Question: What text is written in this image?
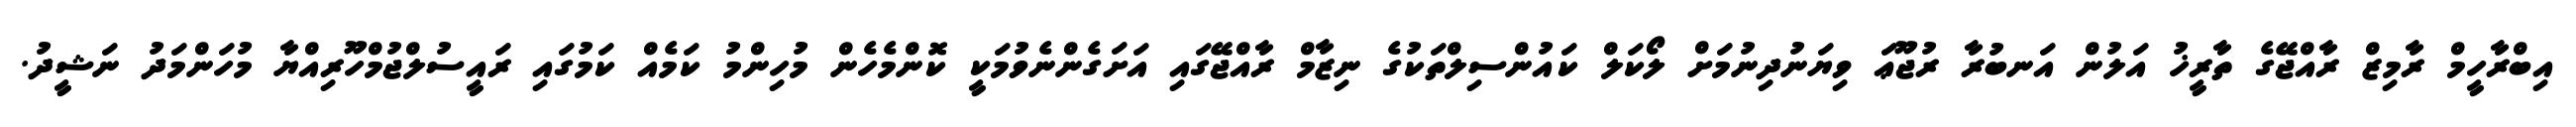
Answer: އިބްރާހީމް ރާމިޒް ރާއްޖޭގެ ތާރީޚު އަލުން އަނބުރާ ރުޖޫޢަ ވިޔަނުދިނުމަށް ލޯކަލް ކައުންސިލްތަކުގެ ނިޒާމް ރާއްޖޭގައި އަށަގެންނެވުމަކީ ކޮންމެހެން މުހިންމު ކަމެއް ކަމުގައި ރައީސުލްޖުމްހޫރިއްޔާ މުހަންމަދު ނަޝީދު.